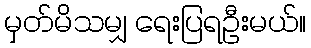
မှတ်မိသမျှ ရေးပြရဦးမယ်။